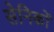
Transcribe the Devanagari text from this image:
सेनिकों